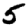
Digit: 5